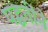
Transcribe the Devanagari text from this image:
पद्धतींने